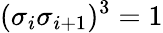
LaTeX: {(\sigma_{i}\sigma_{i+1}})^{3}=1